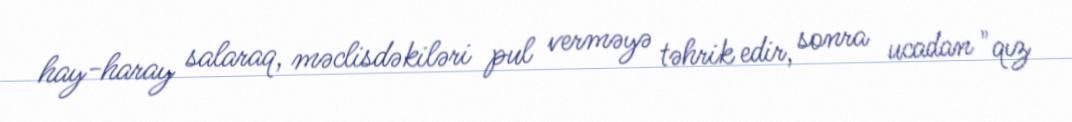
hay-haray salaraq, məclisdəkiləri pul verməyə təhrik edir, sonra ucadan "qız